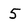
Character: 5